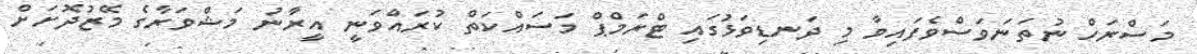
މަސްރަހް ނުތަނަވަސްވެފައިވާ މި ދަނޑިވަޅުގައި ޓްރަމްޕް މަސައްކަތް ކުރައްވަނީ އީރާނު މަޝްވަރާގެ މޭޒުދޮށަށް